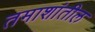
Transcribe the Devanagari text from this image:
तमाशांतील